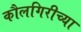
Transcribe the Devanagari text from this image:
कौलगिरीच्या